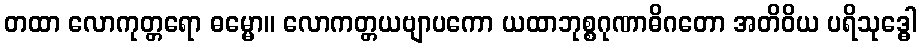
တထာ လောကုတ္တရော ဓမ္မော။ လောကတ္တယဗျာပကော ယထာဘုစ္စဂုဏာဓိဂတော အတိဝိယ ပရိသုဒ္ဓေါ